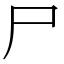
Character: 尸